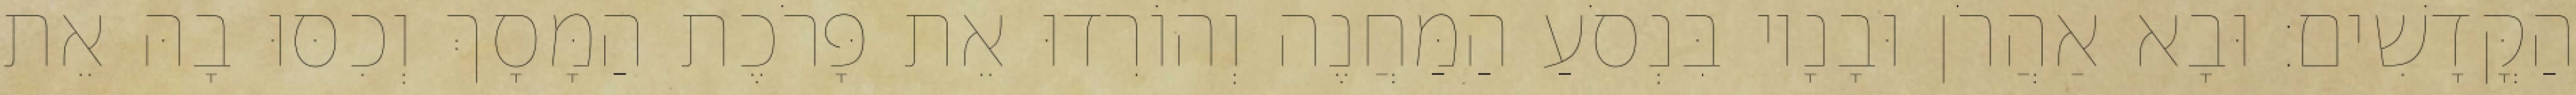
הַקֳּדָשִׁים׃ וּבָא אַהֲרֹן וּבָנָיו בִּנְסֹעַ הַמַּחֲנֶה וְהוֹרִדוּ אֵת פָּרֹכֶת הַמָּסָךְ וְכִסּוּ בָהּ אֵת